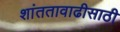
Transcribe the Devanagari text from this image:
शांततावाढीसाठी